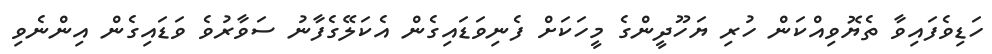
ހަޑިވެފައިވާ ތެޔޮވިއްކަން ހުރި ޔަހޫދީންގެ މީހަކަށް ފެނިވަޑައިގެން އެކަލޭގެފާނު ސަވާރުވެ ވަޑައިގެން އިންނެވި